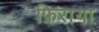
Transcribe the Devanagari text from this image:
फ़िराया